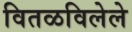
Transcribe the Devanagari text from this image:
वितळविलेले